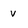
Character: V